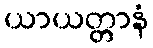
ယာယတ္တာနံ